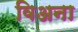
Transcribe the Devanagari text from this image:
विअना